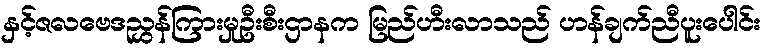
နှင့်ဇလဗေဒညွှန်ကြားမှုဦးစီးဌာနက မြည်ဟီးလာသည် ဟန်ချက်ညီပူးပေါင်း